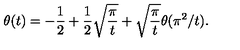
\theta ( t ) = - \frac { 1 } { 2 } + \frac { 1 } { 2 } \sqrt { \frac { \pi } { t } } + \sqrt { \frac { \pi } { t } } \theta ( \pi ^ { 2 } / t ) .